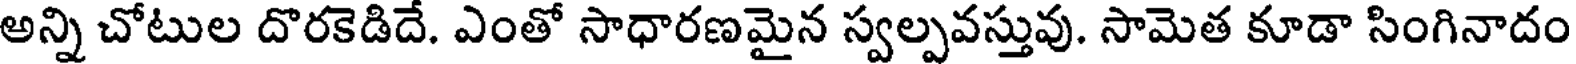
అన్ని చోటుల దొరకెడిదే. ఎంతో సాధారణమైన స్వల్పవస్తువు. సామెత కూడా సింగినాదం